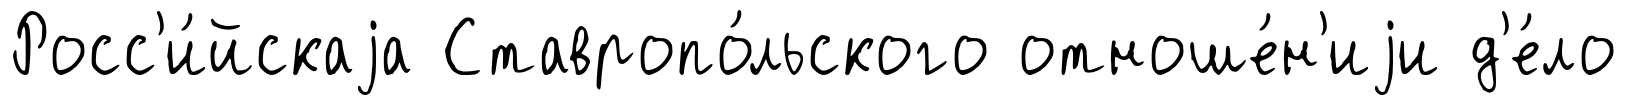
Росс'и́йскаjа Ставропо́льского отноше́н'иjи д'е́ло